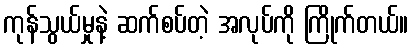
ကုန်သွယ်မှုနဲ့ ဆက်စပ်တဲ့ အလုပ်ကို ကြိုက်တယ်။